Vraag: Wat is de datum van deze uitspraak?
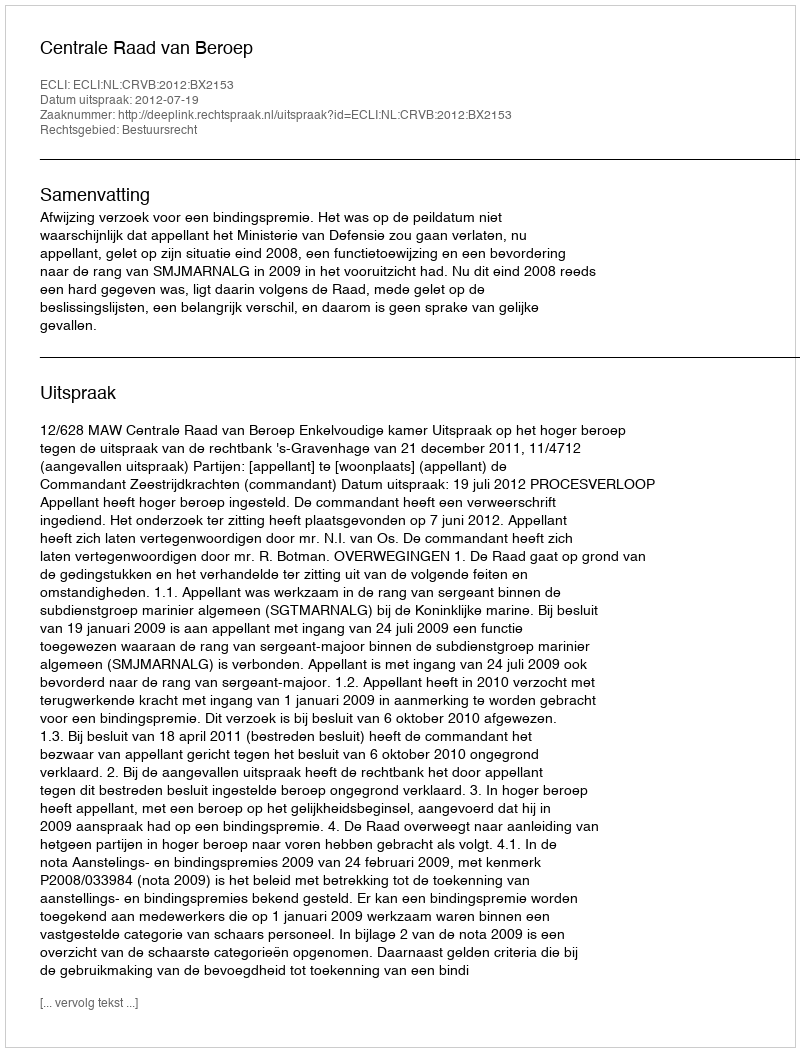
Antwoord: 2012-07-19